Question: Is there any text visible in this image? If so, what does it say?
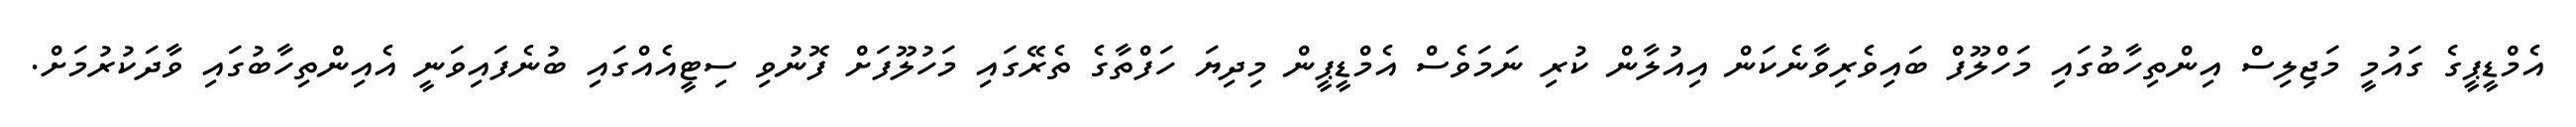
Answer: އެމްޑީޕީގެ ގައުމީ މަޖިލިސް އިންތިހާބުގައި މަހްލޫފް ބައިވެރިވާނެކަން އިއުލާން ކުރި ނަމަވެސް އެމްޑީޕީން މިދިޔަ ހަފްތާގެ ތެރޭގައި މަހުލޫފަށް ފޮނުވި ސިޓީއެއްގައި ބުނެފައިވަނީ އެއިންތިހާބުގައި ވާދަކުރުމަށް.